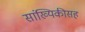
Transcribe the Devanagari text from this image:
सांख्यिकीसह